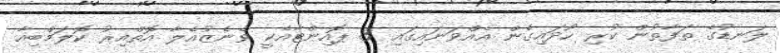
ލަނޑުގެ ތަފާތުން ކުރި ހޯދައިގެން އެއްވަނައިގައި 3 ޕޮއިންޓާއެކީ ވެނެޒުއެލާ އޮތްއިރު ކޮލަމްބިއާ